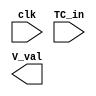
`timescale 1ns / 1ps
//////////////////////////////////////////////////////////////////////////////////
// Company: 
// Engineer: 
// 
// Design Name: 
// Module Name: brandonVertCounter
// Project Name: 
// Target Devices: 
// Tool Versions: 
// Description: 
// 
// Dependencies: 
// 
// Revision:
// Revision 0.01 - File Created
// Additional Comments:
// 
//////////////////////////////////////////////////////////////////////////////////


module brandonVertCounter(
    input clk,
    input TC_in,
    output [16:0] V_val
    );
endmodule